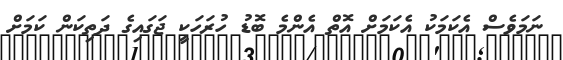
ނަމަވެސް އެކަމަކު އެކަމަށް އޮތް އެންމެ ބޮޑު ހުރަހަކީ ޖަގައިގެ ދަތިކަން ކަމަށް